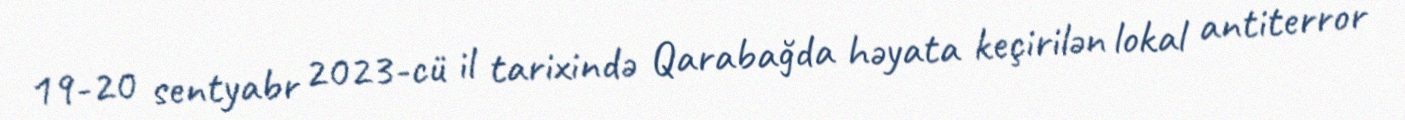
19-20 sentyabr 2023-cü il tarixində Qarabağda həyata keçirilən lokal antiterror